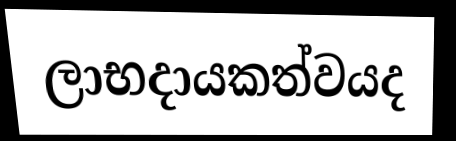
ලාභදායකත්වයද